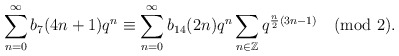
\begin{align*}\sum_{n=0}^{\infty}b_7(4n+1)q^{n}\equiv \sum_{n=0}^{\infty}b_{14}(2n)q^{n}\sum_{n\in \mathbb{Z}}q^{\frac{n}{2}(3n-1)}\pmod{2}.\end{align*}